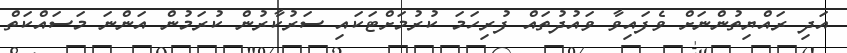
އަދި ރައްޔިތުންނަށް ވެފައިވާ ވައުދުތައް ފުރިހަމަ ކުރުމަށްޓަކައި ސަރުކާރުން ކުރަމުން އަންނަ މަސައްކަތް